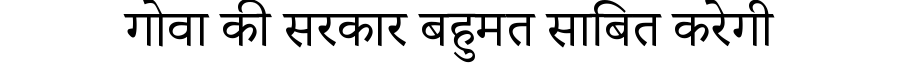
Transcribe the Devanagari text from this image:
गोवा की सरकार बहुमत साबित करेगी